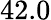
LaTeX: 42.0